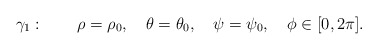
\begin{align*}\gamma_1:\quad\quad \rho=\rho_0,\quad \theta=\theta_0, \quad\psi=\psi_0,\quad\phi\in[0,2\pi].\end{align*}